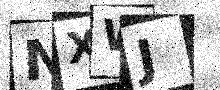
Text: NXWJ